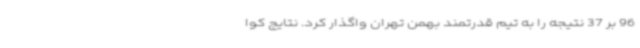
96 بر 37 نتیجه را به تیم قدرتمند بهمن تهران واگذار کرد. نتایج کوا